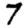
Digit: 7